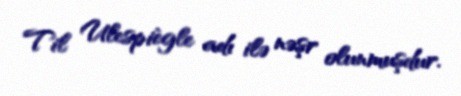
Til Ulespiègle adı ilə nəşr olunmuşdur.